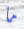
ما